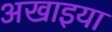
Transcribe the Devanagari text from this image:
अखाइया